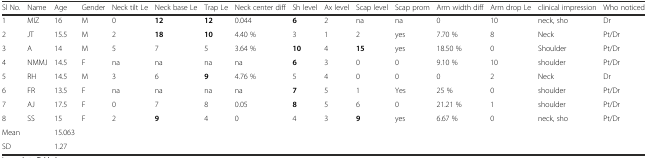
<table><thead><tr><td><b>Sl No.</b></td><td><b>Name</b></td><td><b>Age</b></td><td><b>Gender</b></td><td><b>Neck tilt Le</b></td><td><b>Neck base Le</b></td><td><b>Trap Le</b></td><td><b>Neck center diff</b></td><td><b>Sh level</b></td><td><b>Ax level</b></td><td><b>Scap level</b></td><td><b>Scap prom</b></td><td><b>Arm width diff</b></td><td><b>Arm drop Le</b></td><td><b>clinical impression</b></td><td><b>Who noticed</b></td></tr></thead><tbody><tr><td>1</td><td>MIZ</td><td>16</td><td>M</td><td>0</td><td><b>12</b></td><td><b>12</b></td><td>0.044</td><td><b>6</b></td><td>2</td><td>na</td><td>na</td><td>0</td><td>10</td><td>neck, sho</td><td>Dr</td></tr><tr><td>2</td><td>JT</td><td>15.5</td><td>M</td><td>2</td><td><b>18</b></td><td><b>10</b></td><td>4.40 %</td><td>3</td><td>1</td><td>2</td><td>yes</td><td>7.70 %</td><td>8</td><td>Neck</td><td>Pt/Dr</td></tr><tr><td>3</td><td>A</td><td>14</td><td>M</td><td>5</td><td>7</td><td>5</td><td>3.64 %</td><td><b>10</b></td><td>4</td><td><b>15</b></td><td>yes</td><td>18.50 %</td><td>0</td><td>Shoulder</td><td>Pt/Dr</td></tr><tr><td>4</td><td>NMMJ</td><td>14.5</td><td>F</td><td>na</td><td>na</td><td>na</td><td>na</td><td><b>6</b></td><td>3</td><td>0</td><td>0</td><td>9.10 %</td><td>10</td><td>shoulder</td><td>Pt/Dr</td></tr><tr><td>5</td><td>RH</td><td>14.5</td><td>M</td><td>3</td><td>6</td><td><b>9</b></td><td>4.76 %</td><td>5</td><td>4</td><td>0</td><td>0</td><td>0</td><td>2</td><td>Neck</td><td>Dr</td></tr><tr><td>6</td><td>FR</td><td>13.5</td><td>F</td><td>na</td><td>na</td><td>na</td><td>na</td><td><b>7</b></td><td>5</td><td>1</td><td>Yes</td><td>25 %</td><td>0</td><td>shoulder</td><td>Pt/Dr</td></tr><tr><td>7</td><td>AJ</td><td>17.5</td><td>F</td><td>0</td><td>7</td><td>8</td><td>0.05</td><td><b>8</b></td><td>5</td><td>6</td><td>0</td><td>21.21 %</td><td>1</td><td>shoulder</td><td>Pt/Dr</td></tr><tr><td>8</td><td>SS</td><td>15</td><td>F</td><td>2</td><td><b>9</b></td><td>4</td><td>0</td><td>4</td><td>3</td><td><b>9</b></td><td>yes</td><td>6.67 %</td><td>0</td><td>neck, sho</td><td>Pt/Dr</td></tr><tr><td colspan="2">Mean</td><td>15.063</td><td>[EMPTY_CELL]</td><td>[EMPTY_CELL]</td><td>[EMPTY_CELL]</td><td>[EMPTY_CELL]</td><td>[EMPTY_CELL]</td><td>[EMPTY_CELL]</td><td>[EMPTY_CELL]</td><td>[EMPTY_CELL]</td><td>[EMPTY_CELL]</td><td>[EMPTY_CELL]</td><td>[EMPTY_CELL]</td><td>[EMPTY_CELL]</td><td>[EMPTY_CELL]</td></tr><tr><td>SD</td><td>[EMPTY_CELL]</td><td>1.27</td><td>[EMPTY_CELL]</td><td>[EMPTY_CELL]</td><td>[EMPTY_CELL]</td><td>[EMPTY_CELL]</td><td>[EMPTY_CELL]</td><td>[EMPTY_CELL]</td><td>[EMPTY_CELL]</td><td>[EMPTY_CELL]</td><td>[EMPTY_CELL]</td><td>[EMPTY_CELL]</td><td>[EMPTY_CELL]</td><td>[EMPTY_CELL]</td><td>[EMPTY_CELL]</td></tr></tbody></table>